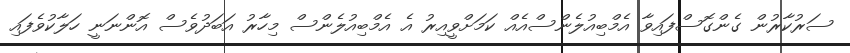
ސަރުކާރުން ގެންގޮސްފައިވާ އެމްބިއުލެންސްއެއް ކަމަށްވީއިރު އެ އެމްބިއުލެންސް މިހާރު އަބަދުވެސް އޮންނަނީ ހަލާކުވެފައި